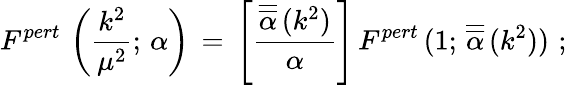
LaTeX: F^{pert}\, \left(\frac{k^{2}}{\mu^{2}};\, \alpha\right)\, =\, \left[\frac{\overline{{{\overline{{{\alpha}}}}}}\, (k^{2})}{\alpha}\right]\, F^{pert}\, (1;\, \overline{{{\overline{{{\alpha}}}}}}\, (k^{2}))\, \, ;